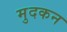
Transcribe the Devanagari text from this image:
मुदकन